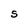
Character: S